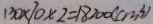
1 3 0 \times 1 0 \times 2 = 1 8 2 0 0 ( c m ^ { 3 } )